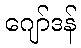
ဂျော်ဒန်